Juri_Uluots, lk 7
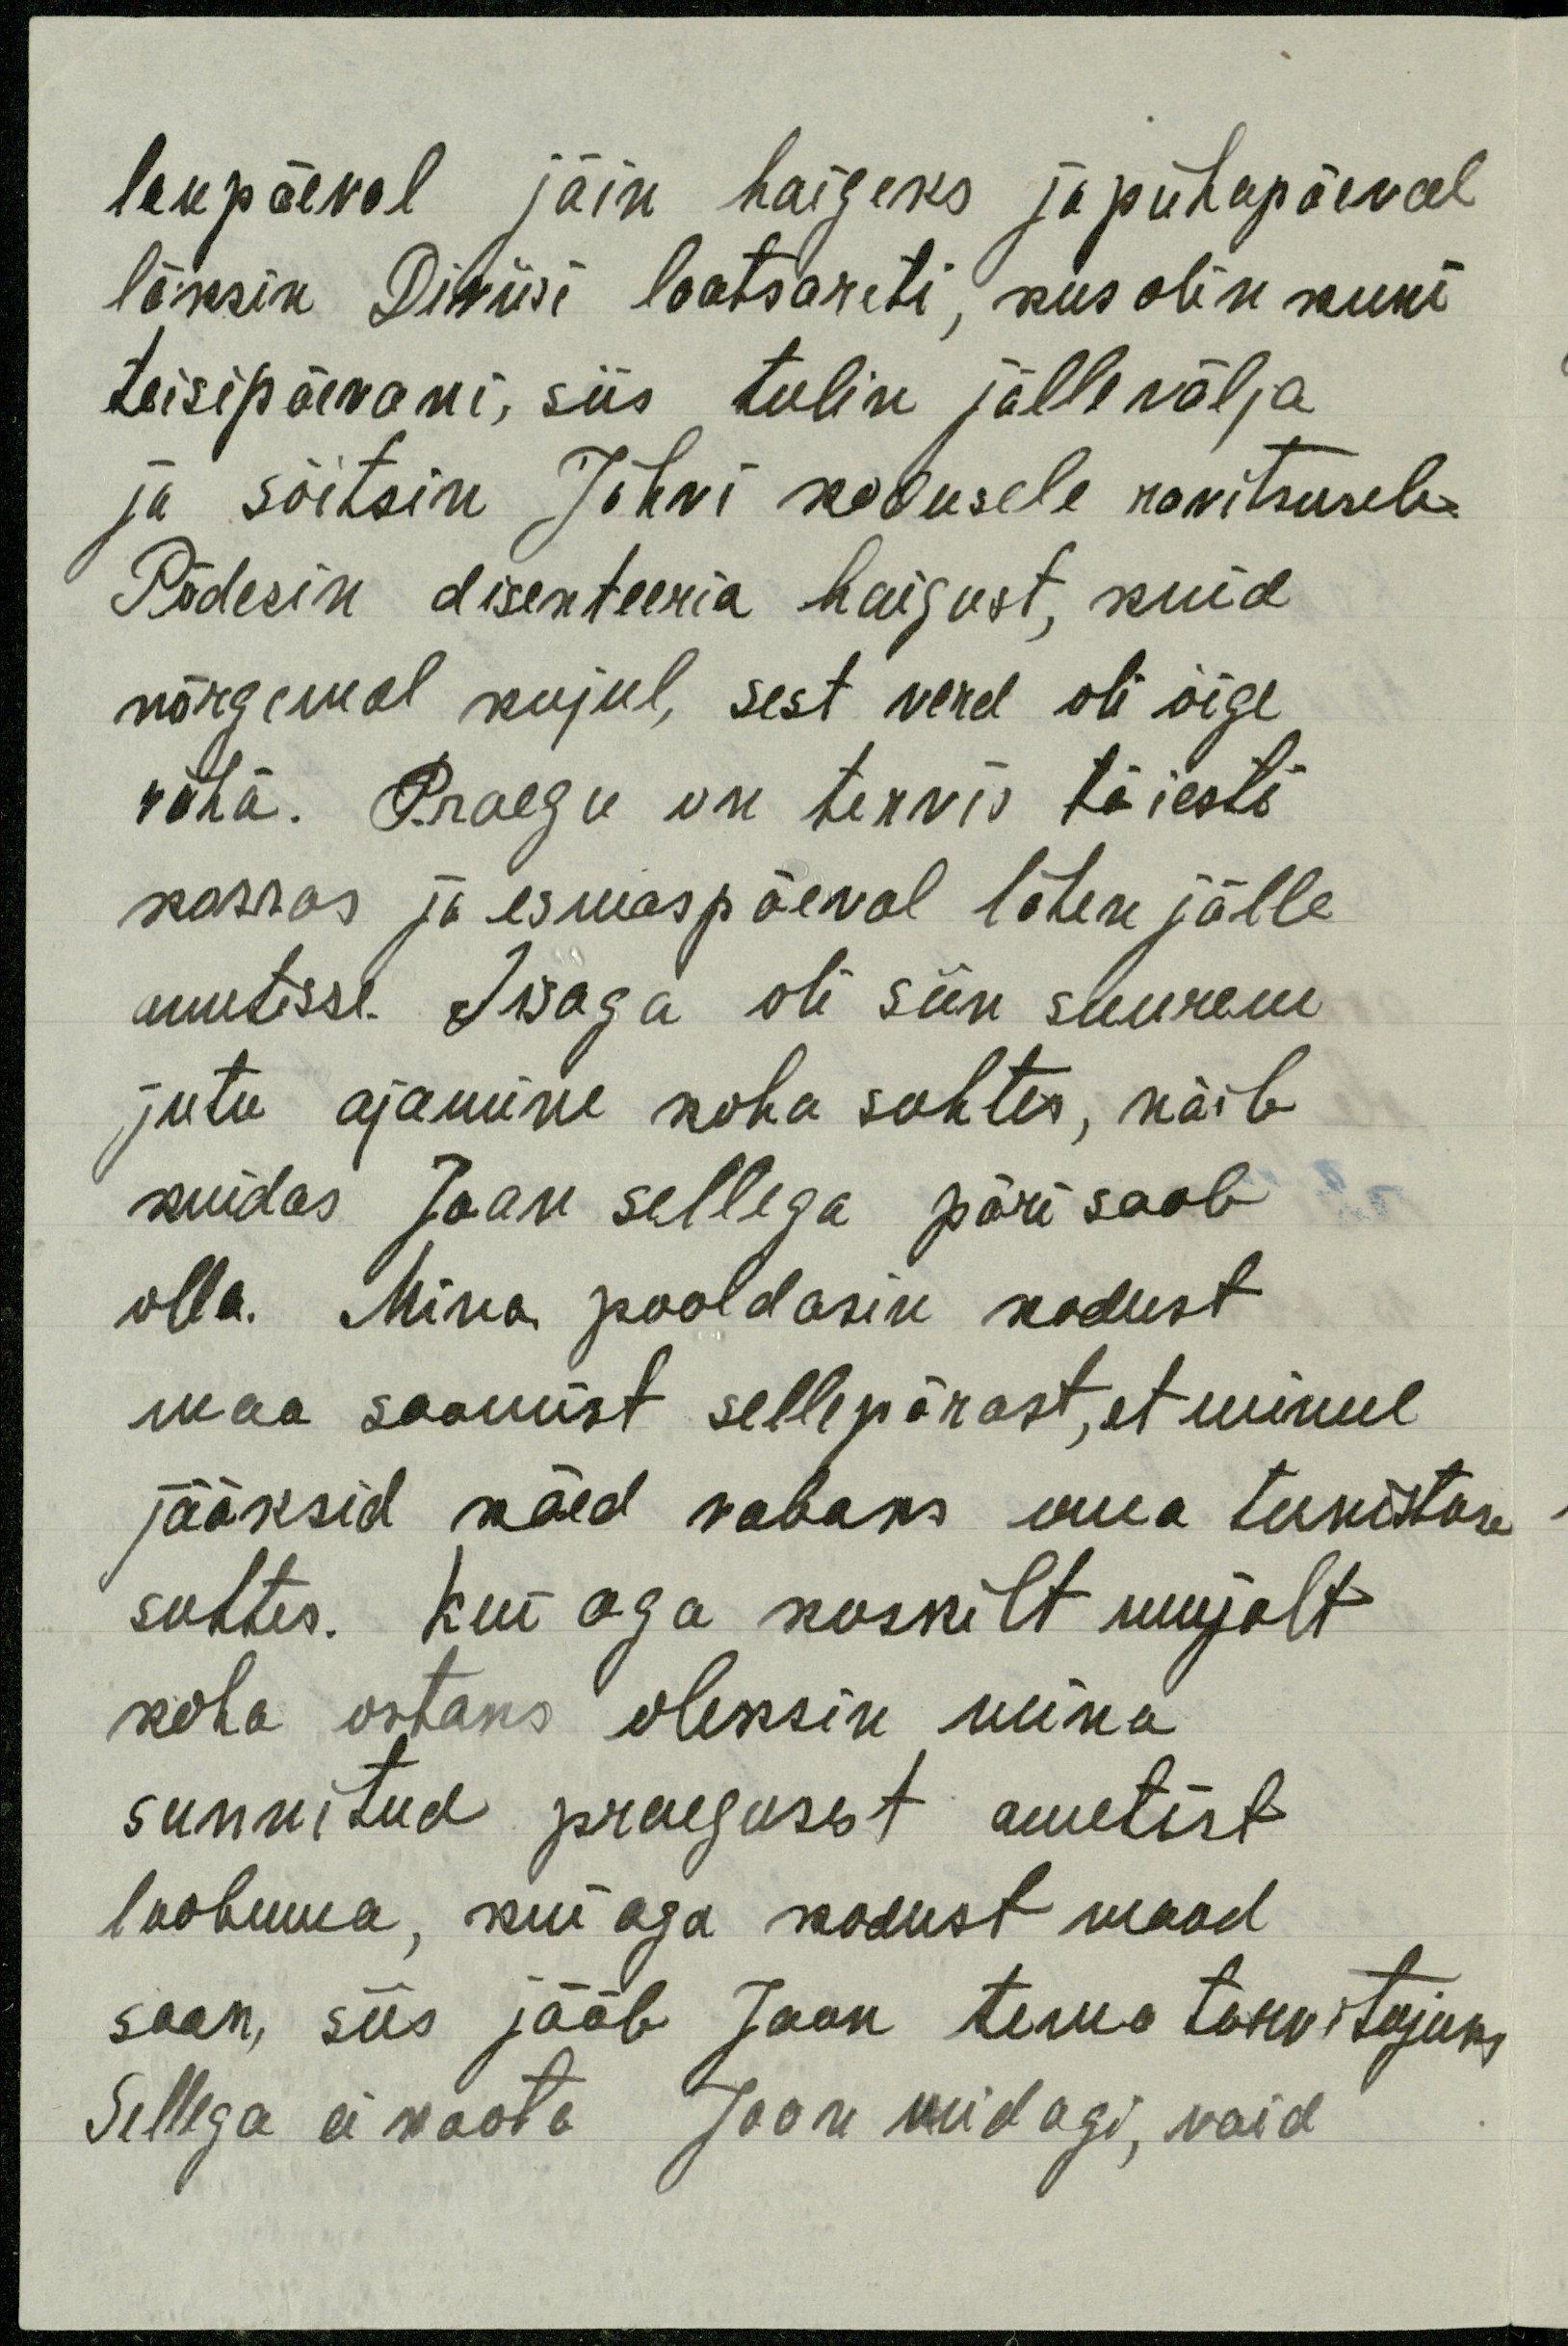
laupäeval jäin haigeks ja pühapäeval
läksin Diviisi laatsareti, kus olin kuni
teisipäevani, siis tulin jälle välja
ja sõitsin Jõhvi kodusele ravitsusele.
Põdesin disenteeria haigust, kuid
nõrgemal kujul, sest verd oli õige
vihä. Praegu on tervis täiesti
korras ja esmaspäeval lähen jälle
ametisse. Isaga oli siin suurem
jutu ajamine koha suhtes, näib
kuidas Jaan sellega päri saab
olla. Mina pooldasin kodust
maa saamist sellepärast, et minul
jääksid käed vabaks oma teenistuse
suhtes. Kui aga koskilt mujalt
koha ostaks oleksin mina
sunnitud praegusest ametist
loobuma, kui aga kodust maad
saan, siis jääb Jaan tema tarvitajaks
Sellega ei kaota Jaan midagi, vaid